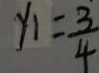
y _ { 1 } = \frac { 3 } { 4 }